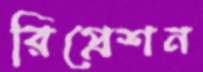
রিপ্রেশন